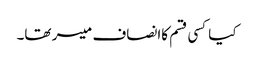
کیاکسی قسم کاانصاف میسر تھا۔